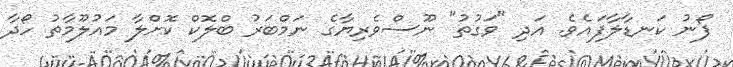
ފޯނު ކަނޑާލާފައެވެ. އަދި "ވަގުތު" ނޫސްވެރިޔާގެ ނަމްބަރު ބްލޮކް ކޮށްލާ މައުލޫމާތު ހޯދާ